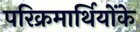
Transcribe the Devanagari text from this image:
परिक्रमार्थियोंके